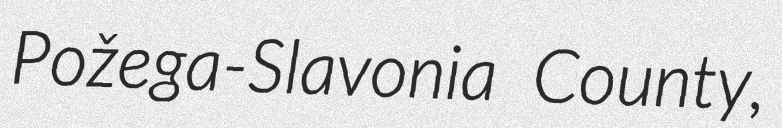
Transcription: Požega-Slavonia County,